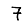
Digit: 7